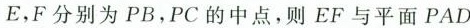
E，F分别为PB，PC的中点，则EF与平面PAD